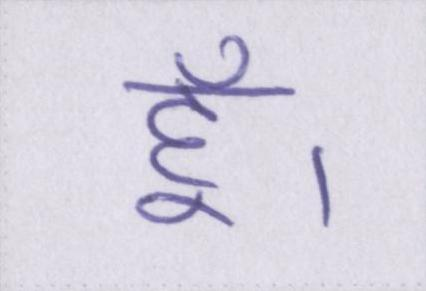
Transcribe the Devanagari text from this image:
हूँ।